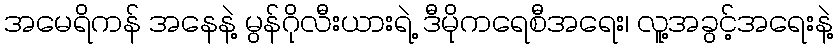
အမေရိကန် အနေနဲ့ မွန်ဂိုလီးယားရဲ့ ဒီမိုကရေစီအရေး၊ လူ့အခွင့်အရေးနဲ့